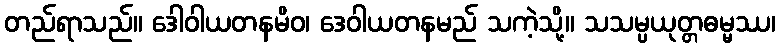
တည်ရာသည်။ ဒေါဝါယတနမိဝ၊ ဒေဝါယတနမည် သကဲ့သို့။ သသမ္ပယုတ္တဓမ္မဿ၊